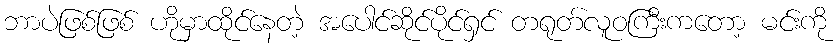
ဘာပဲဖြစ်ဖြစ် ဟိုမှာထိုင်နေတဲ့ အပေါင်ဆိုင်ပိုင်ရှင် တရုတ်လူဝကြီးကတော့ မင်းကို